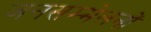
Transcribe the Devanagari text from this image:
जनसम्मेलनों